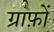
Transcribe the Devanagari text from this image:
ग्राफ़ों